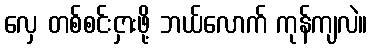
လှေ တစ်စင်းငှားဖို့ ဘယ်လောက် ကုန်ကျလဲ။